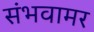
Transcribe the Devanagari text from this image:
संभवामर